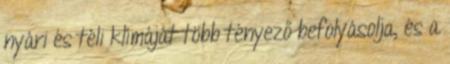
nyári és téli klímáját több tényező befolyásolja, és a